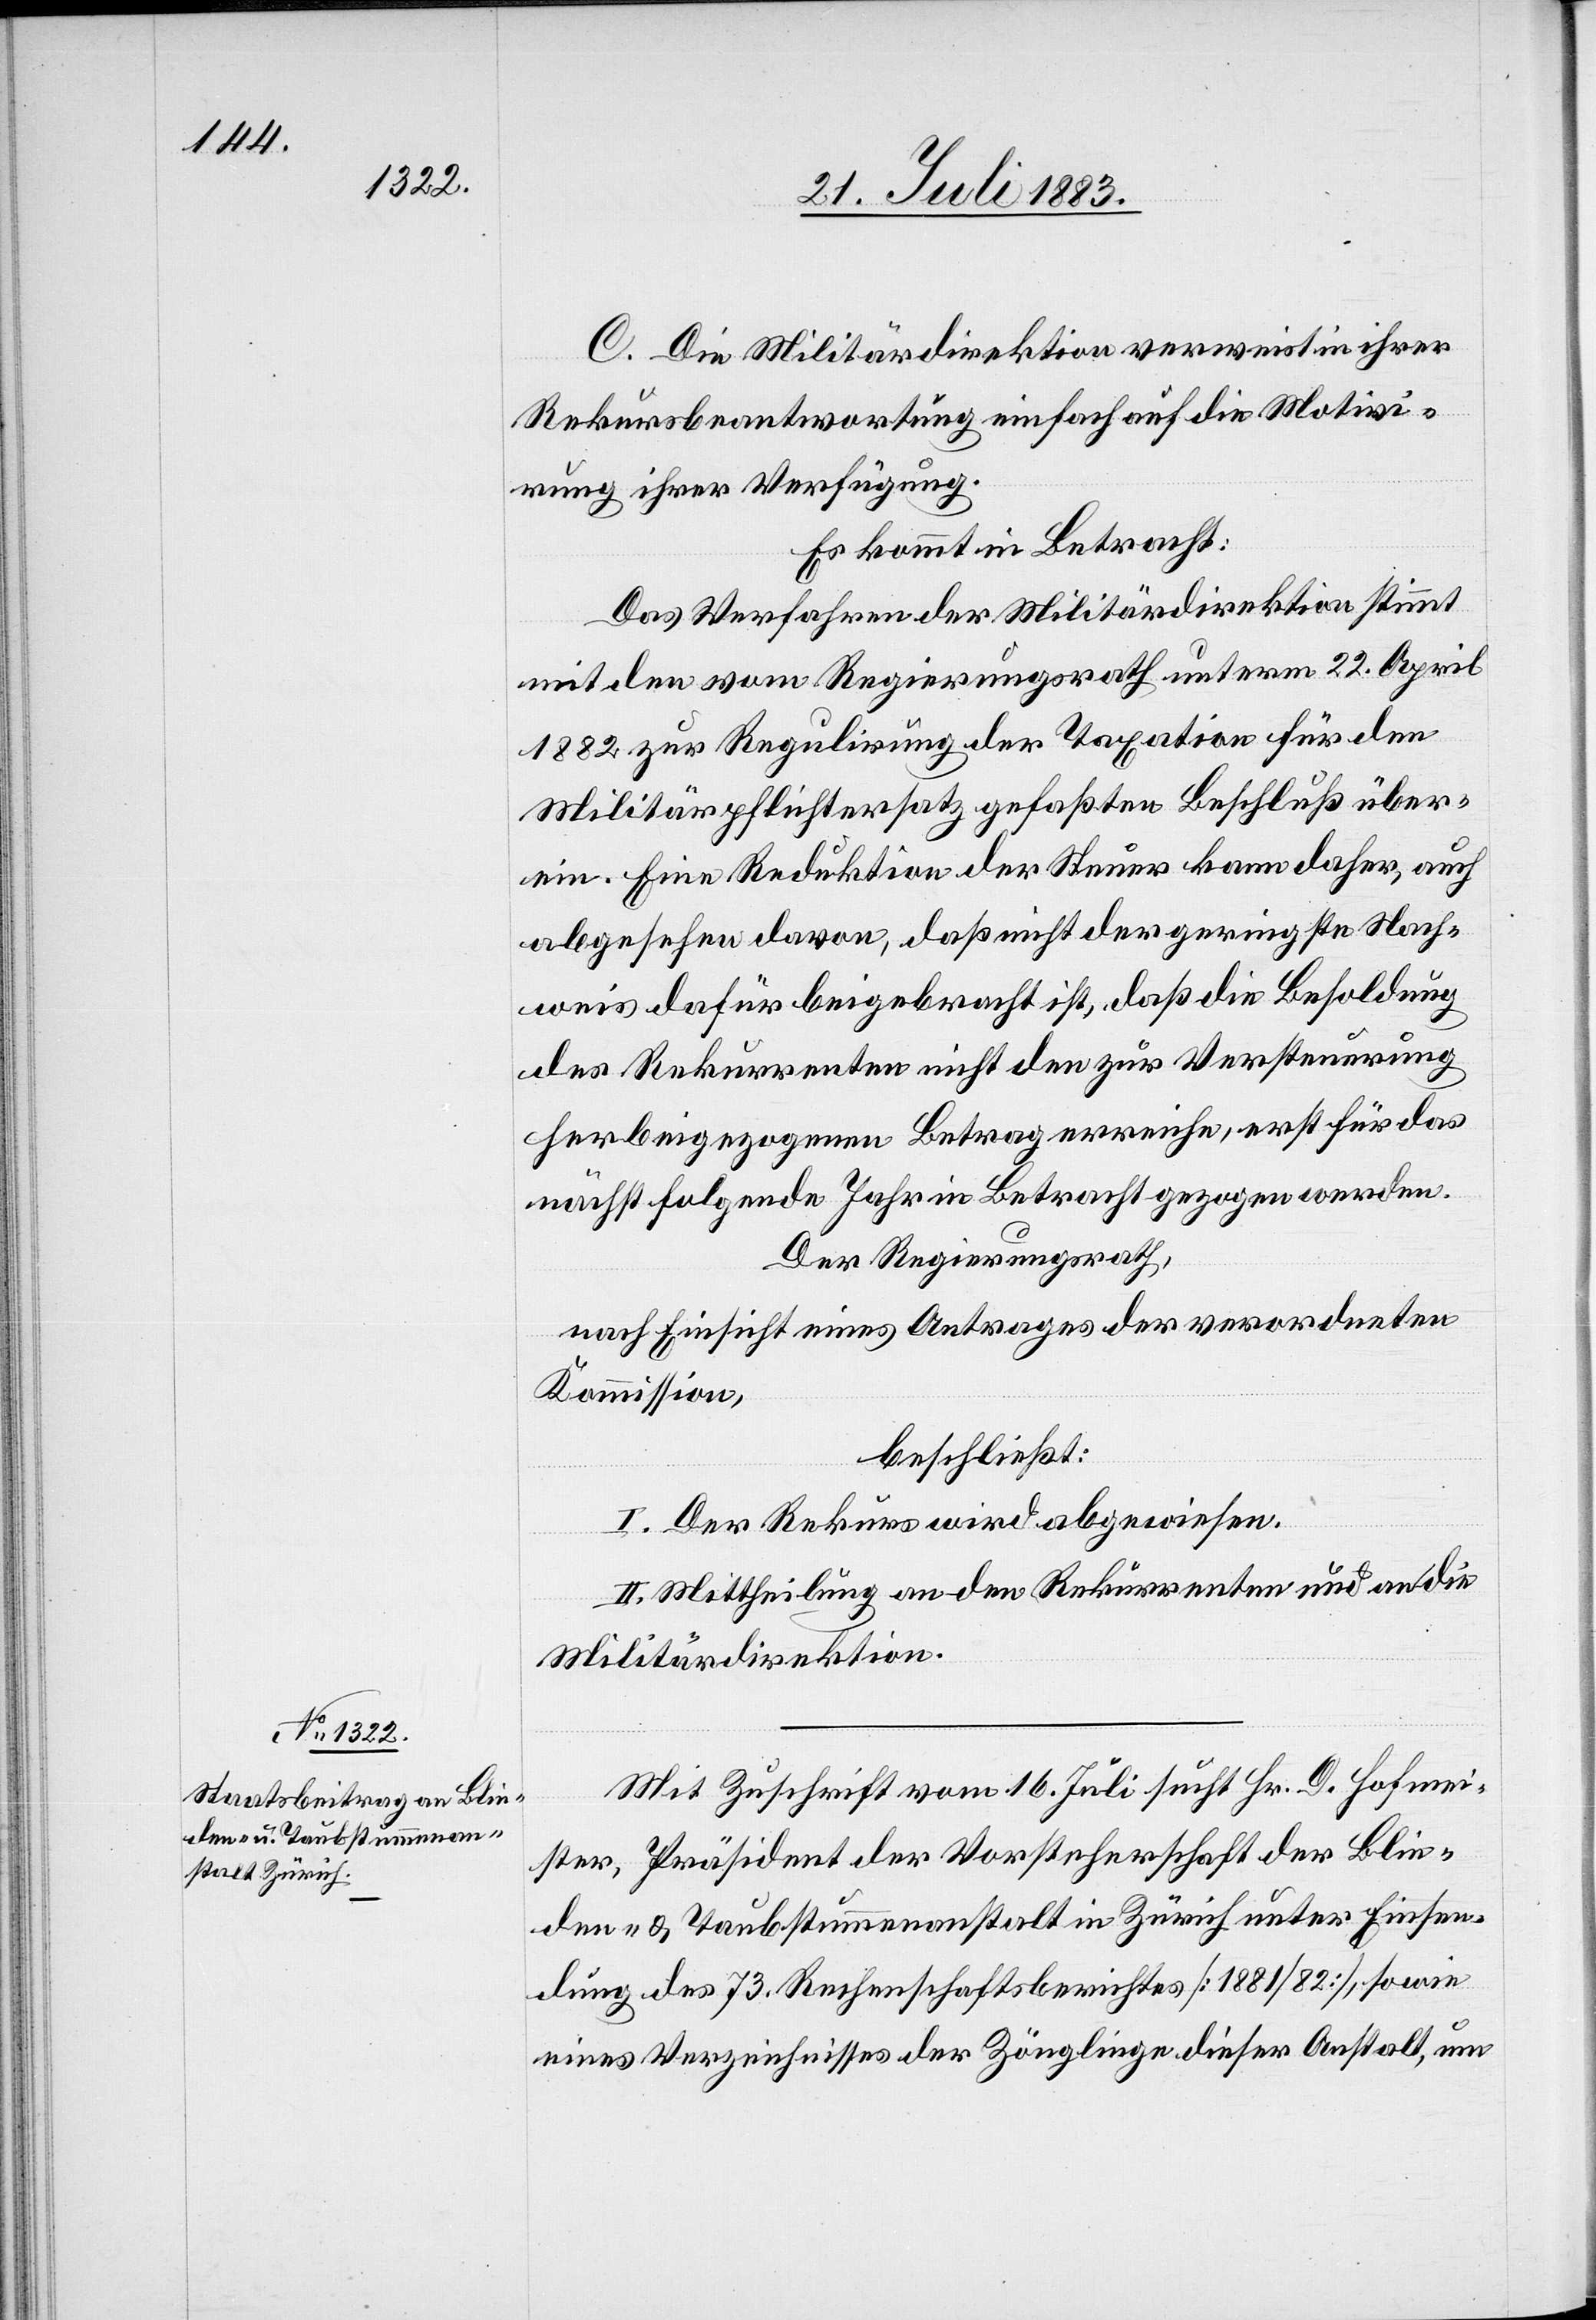
C. Die Militärdirektion verweist in ihrer
Rekursbeantwortung einfach auf die Motivi¬
rung ihrer Verfügung.
Es kommt in Betracht:
Das Verfahren der Militärdirektion stimmt
[recte: dem] vom Regierungsrath unterm 22. April
1882 zur Regulirung der Taxation für den
Militärpflichtersatz gefaßten Beschluß über¬
ein. Eine Reduktion der Steuer kann daher, auch
abgesehen davon, daß nicht der geringste Nach¬
weis dafür beigebracht ist, daß die Besoldung
des Rekurrenten nicht den zur Versteuerung
herbeigezogenen Betrag erreiche, erst für das
nächst folgende Jahr in Betracht gezogen werden.
Der Regierungsrath,
nach Einsicht eines Antrages der verordneten
Kommission,
beschließt:
I. Der Rekurs wird abgewiesen.
II. Mittheilung an den Rekurrenten und an die
Militärdirektion.
Mit Zuschrift vom 16. Juli sucht Hr. D. Hofmei¬
ster, Präsident der Vorsteherschaft der Blin¬
den- & Taubstummenanstalt in Zürich unter Einsen¬
dung des 73. Rechenschaftsberichtes [1881/82], sowie
eines Verzeichnisses der Zöglinge dieser Anstalt, um